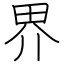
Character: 界